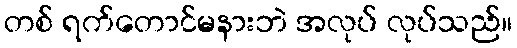
တစ် ရက်တောင်မနားဘဲ အလုပ် လုပ်သည်။